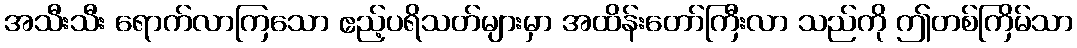
အသီးသီး ရောက်လာကြသော ဧည့်ပရိသတ်များမှာ အထိန်းတော်ကြီးလာ သည်ကို ဤတစ်ကြိမ်သာ